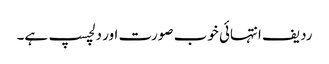
ردیف انتہائی خوب صورت اور دلچسپ ہے۔